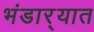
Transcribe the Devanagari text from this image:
भंडार्‍यात